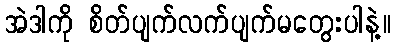
အဲဒါကို စိတ်ပျက်လက်ပျက်မတွေးပါနဲ့။